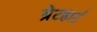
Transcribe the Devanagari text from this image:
ब्रेटहार्ट